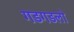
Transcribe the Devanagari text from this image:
गडगडलो